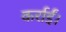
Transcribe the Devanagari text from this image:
कर्राईं।